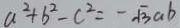
a ^ { 2 } + b ^ { 2 } - c ^ { 2 } = - \sqrt { 3 } a b